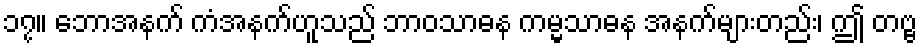
၁၇။ ဘောအနက် ကံအနက်ဟူသည် ဘာဝသာဓန ကမ္မသာဓန အနက်များတည်း၊ ဤ တဗ္ဗ